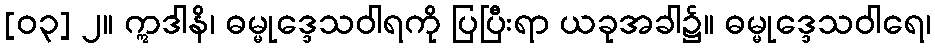
[၀၃] ၂။ ဣဒါနိ၊ ဓမ္မုဒ္ဒေသဝါရကို ပြပြီးရာ ယခုအခါ၌။ ဓမ္မုဒ္ဒေသဝါရေ၊